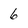
Character: 6